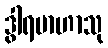
ဒွါရဗာဟာသု